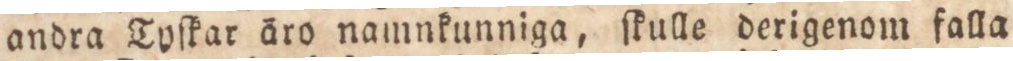
andra Tyſkar äro namnkunniga, ſkulle derigenom falla